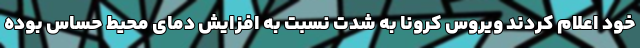
خود اعلام کردند ویروس کرونا به شدت نسبت به افزایش دمای محیط حساس بوده